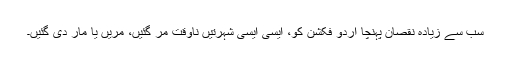
سب سے زیادہ نقصان پہنچا اردو فکشن کو، ایسی ایسی شہرتیں ناوقت مر گئیں، مریں یا مار دی گئیں۔